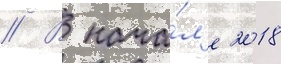
// В нача́л'е 2018